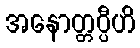
အနောတ္တပ္ပီဟိ